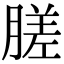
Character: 䐤